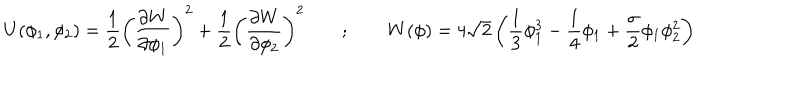
U ( \phi _ { 1 } , \phi _ { 2 } ) = \frac { 1 } { 2 } \left( \frac { \partial W } { \partial \phi _ { 1 } } \right) ^ { 2 } + \frac { 1 } { 2 } \left( \frac { \partial W } { \partial \phi _ { 2 } } \right) ^ { 2 } \qquad ; \qquad W ( \phi ) = 4 \sqrt { 2 } \left( \frac { 1 } { 3 } \phi _ { 1 } ^ { 3 } - \frac { 1 } { 4 } \phi _ { 1 } + \frac { \sigma } { 2 } \phi _ { 1 } \phi _ { 2 } ^ { 2 } \right)